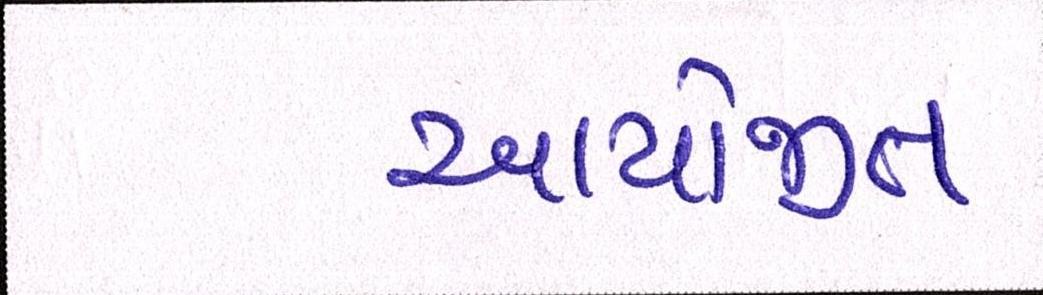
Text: આયોજીત